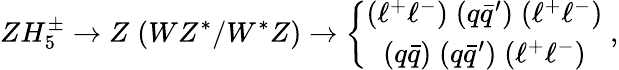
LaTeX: ZH_{5}^{\pm}\to Z\; (WZ^{*}/W^{*}Z)\to\left\{ \begin{array}{c}{{(\ell^{+}\ell^{-})\; (q\bar{q}^{\prime})\; (\ell^{+}\ell^{-})}}\\ {{(q\bar{q})\; (q\bar{q}^{\prime})\; (\ell^{+}\ell^{-})}}\end{array}\right.\; ,